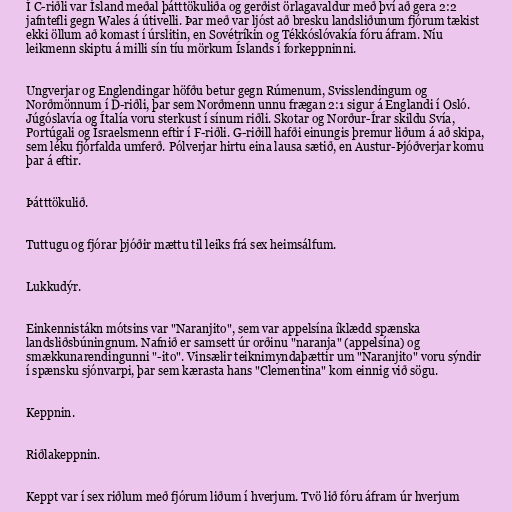
Í C-riðli var Ísland meðal þátttökuliða og gerðist örlagavaldur með því að gera 2:2
jafntefli gegn Wales á útivelli. Þar með var ljóst að bresku landsliðunum fjórum tækist
ekki öllum að komast í úrslitin, en Sovétríkin og Tékkóslóvakía fóru áfram. Níu
leikmenn skiptu á milli sín tíu mörkum Íslands í forkeppninni.

Ungverjar og Englendingar höfðu betur gegn Rúmenum, Svisslendingum og
Norðmönnum í D-riðli, þar sem Norðmenn unnu frægan 2:1 sigur á Englandi í Osló.
Júgóslavía og Ítalía voru sterkust í sínum riðli. Skotar og Norður-Írar skildu Svía,
Portúgali og Ísraelsmenn eftir í F-riðli. G-riðill hafði einungis þremur liðum á að skipa,
sem léku fjórfalda umferð. Pólverjar hirtu eina lausa sætið, en Austur-Þjóðverjar komu
þar á eftir.

Þátttökulið.

Tuttugu og fjórar þjóðir mættu til leiks frá sex heimsálfum.

Lukkudýr.

Einkennistákn mótsins var "Naranjito", sem var appelsína íklædd spænska
landsliðsbúningnum. Nafnið er samsett úr orðinu "naranja" (appelsína) og
smækkunarendingunni "-ito". Vinsælir teiknimyndaþættir um "Naranjito" voru sýndir
í spænsku sjónvarpi, þar sem kærasta hans "Clementina" kom einnig við sögu.

Keppnin.

Riðlakeppnin.

Keppt var í sex riðlum með fjórum liðum í hverjum. Tvö lið fóru áfram úr hverjum